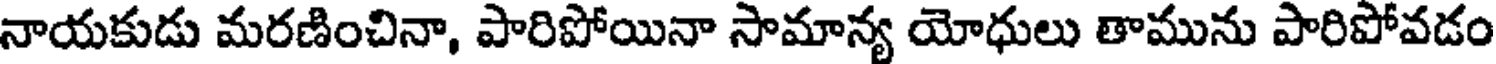
నాయకుడు మరణించినా, పారిపోయినా సామాన్య యోధులు తామును పారిపోవడం